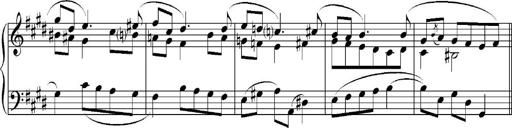
Title: Sonatina No.5
Composer: Otto Stoll
Key: F-sharp minor